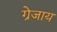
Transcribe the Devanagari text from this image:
ग्रेजाय